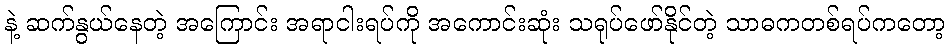
နဲ့ ဆက်နွယ်နေတဲ့ အကြောင်း အရာငါးရပ်ကို အကောင်းဆုံး သရုပ်ဖော်နိုင်တဲ့ သာဓကတစ်ရပ်ကတော့